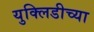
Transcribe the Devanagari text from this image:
युक्लिडीच्या